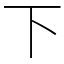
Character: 下